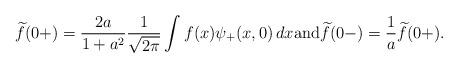
LaTeX: \begin{align*}\widetilde{f}(0+) = \frac{2a}{1+a^2} \frac{1}{\sqrt{2\pi}} \int f(x) \psi_+(x,0) \,dx \mbox{and} \widetilde{f}(0-) = \frac{1}{a} \widetilde{f}(0+).\end{align*}